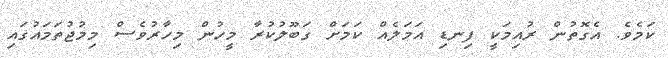
ކަމެވެ. އެގޮތުން ރުއިމަކީ ފިނޑި އަމަލެއް ކަމަށް ގަބޫލުކުރާ މީހުން މިހާރުވެސް މިމުޖުތަމައުގައި